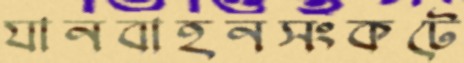
যানবাহনসংকটে